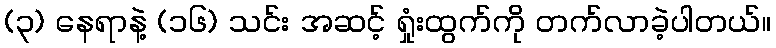
(၃) နေရာနဲ့ (၁၆) သင်း အဆင့် ရှုံးထွက်ကို တက်လာခဲ့ပါတယ်။